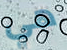
هي